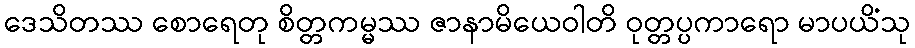
ဒေသိတဿ စောရေတု စိတ္တကမ္မဿ ဇာနာမိယေဝါတိ ဝုတ္တပ္ပကာရော မာပယိံသု